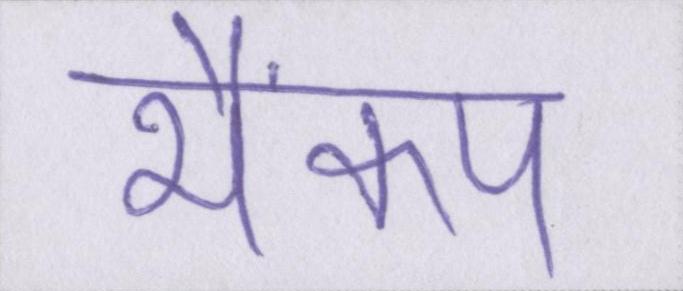
भैकंप